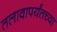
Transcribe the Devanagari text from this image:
तलावापर्यंतच्या